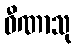
ဝီဏာသု